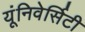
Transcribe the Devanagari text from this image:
यूंनिवेर्सिटी